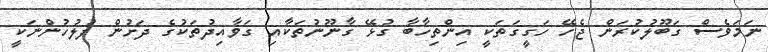
ނަމަވެސް ގަބޫލުކުރަން ޖެހޭ ހަގީގަތަކީ އިންތިހާބާ ގުޅޭ ގާނޫނުތަކާއި ގަވާއިދުތަކުގެ ދަށުން ފުލުހުންނަކީ